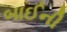
બાઈની